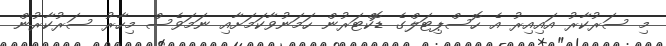
މި ސަރުކާރު އައިއިރު އެ ހޮސްޕިޓަލްގެ ޑޮކްޓަރުން ހަމަނުވާކަމަށާއި ނަމަވެސް މިހާރު ސަރުކާރުން